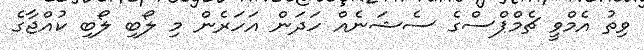
ވިތު އެމްވީ ޗެމްޕްސްގެ ސެޝަނެއް ހަދަން އަހަރެން މި ލޯބި ލޯބި ކުއްޖާގެ